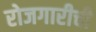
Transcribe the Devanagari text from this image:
रोजगारीची